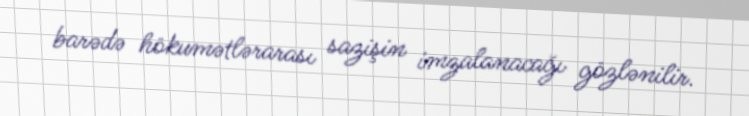
barədə hökumətlərarası sazişin imzalanacağı gözlənilir.